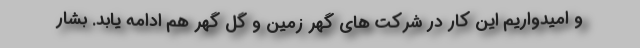
و امیدواریم این کار در شرکت های گهر زمین و گل گهر هم ادامه یابد. بشار